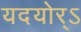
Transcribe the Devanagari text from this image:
यदयोर्ऽ